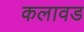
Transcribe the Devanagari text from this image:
कलावड